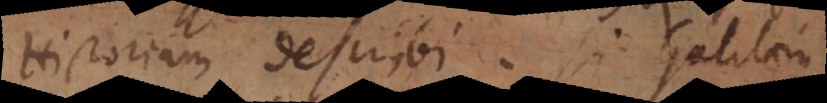
toriam describi. Si Galilaeus